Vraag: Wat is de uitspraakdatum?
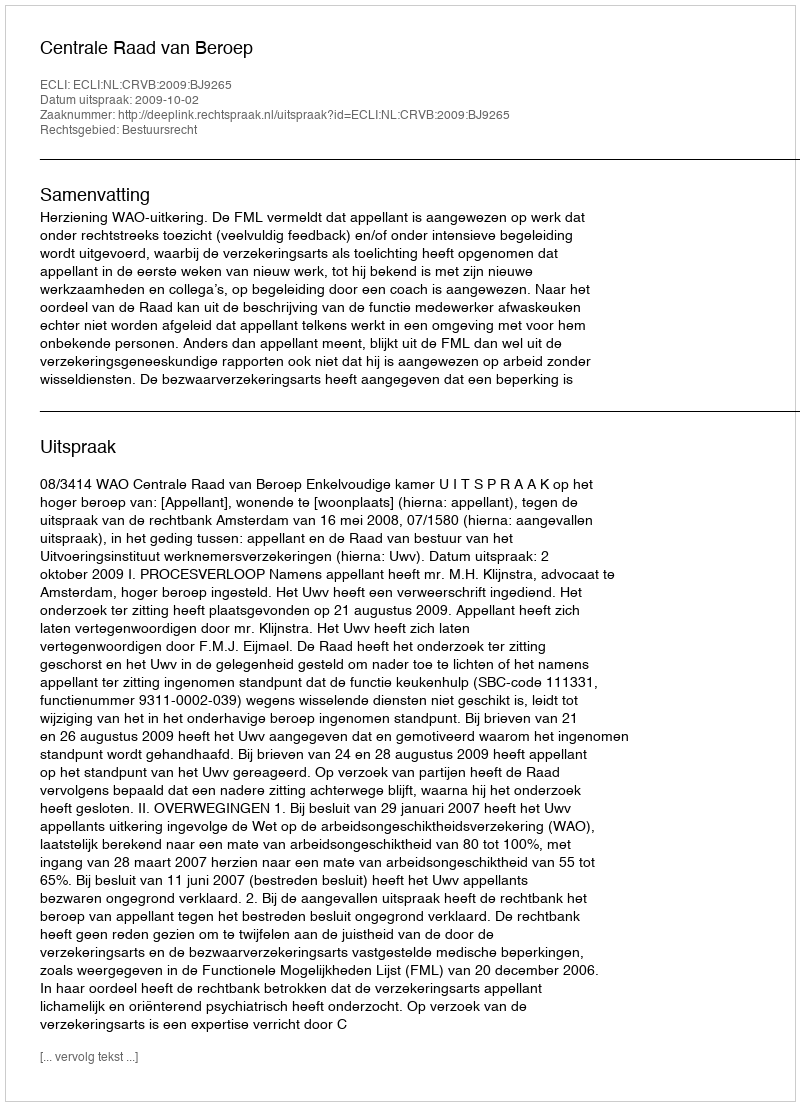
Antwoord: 2009-10-02